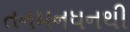
તનમનધનથી